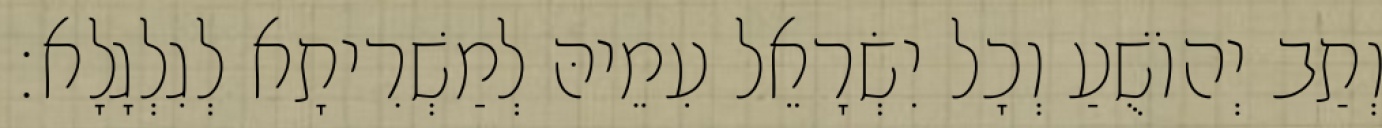
וְתַב יְהוֹשֻׁעַ וְכָל יִשְׂרָאֵל עִמֵיהּ לְמַשְׁרִיתָא לְגִלְגָלָא׃